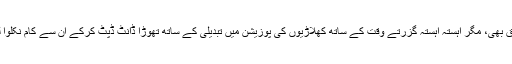
موجودہ ٹیم ناتجربہ کار ہے اور شاید نالائق بھی، مگر آہستہ آہستہ گزرتے وقت کے ساتھ کھلاڑیوں کی پوزیشن میں تبدیلی کے ساتھ تھوڑا ڈانٹ ڈپٹ کرکے ان سے کام نکلوا لیا جائے گا اور یہ وقت گزار لیا جائے گا۔